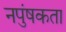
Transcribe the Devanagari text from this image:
नपुंषकता